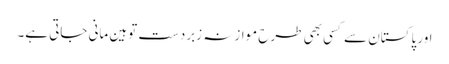
اور پاکستان سے کسی بھی طرح موازنہ زبردست توہین مانی جاتی ہے۔